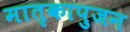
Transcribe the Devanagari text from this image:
मातृकापुजन